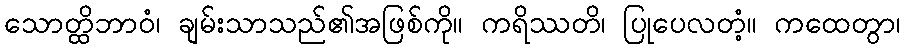
သောတ္ထိဘာဝံ၊ ချမ်းသာသည်၏အဖြစ်ကို။ ကရိဿတိ၊ ပြုပေလတံ့။ ကထေတွာ၊